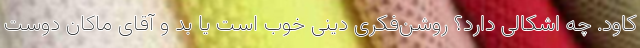
کاود. چه اشکالی دارد؟ روشن‌فکری دینی خوب است یا بد و آقای ماکان دوست